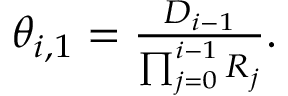
\begin{array} { r } { \theta _ { i , 1 } = \frac { D _ { i - 1 } } { \prod _ { j = 0 } ^ { i - 1 } R _ { j } } . } \end{array}